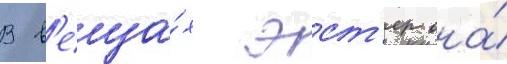
В в'еща́х эст'ер она́